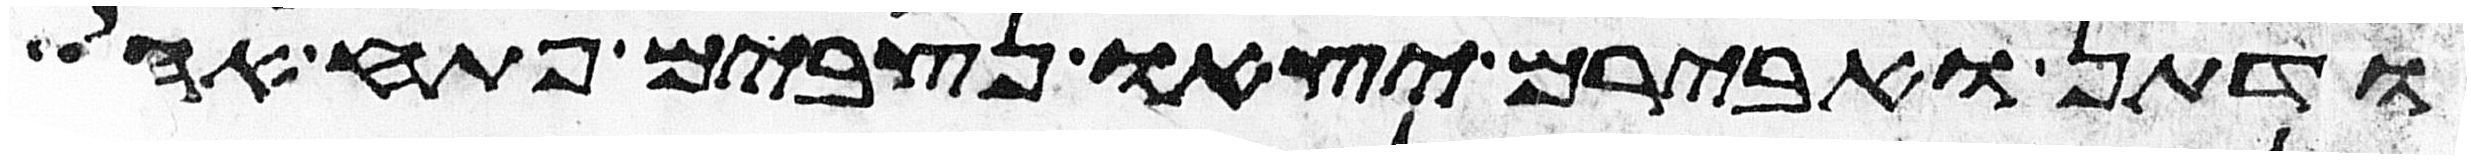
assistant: ודתן ואבירם יצאו נצבים פתח